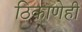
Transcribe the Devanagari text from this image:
ठिकाणेही